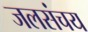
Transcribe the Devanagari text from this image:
जलसंचय